Leaving Certificate Examination, 1914
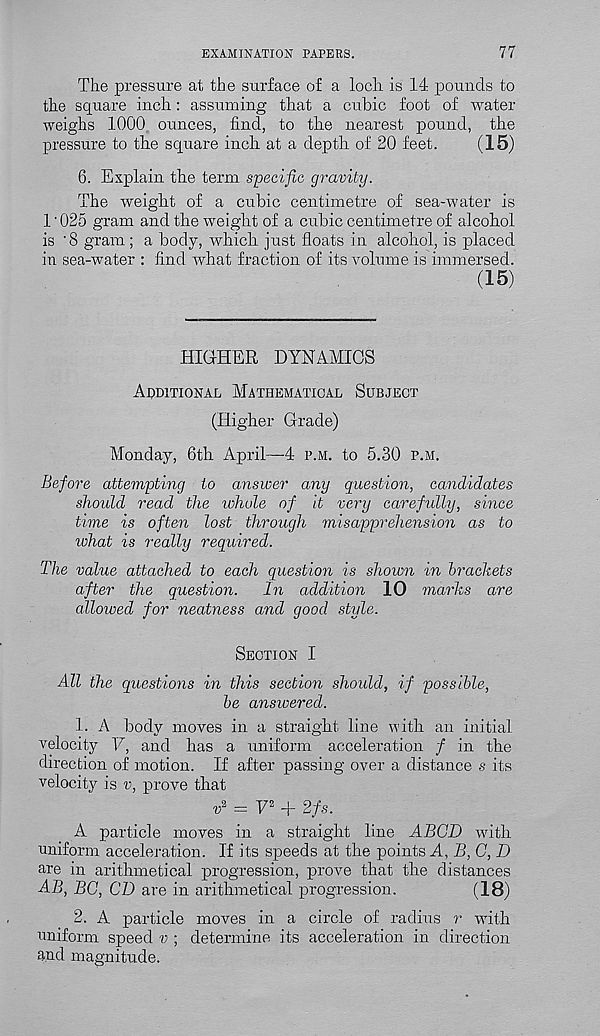
EXAMINATION PAPERS.
77
The pressure at the surface of a loch is 14 pounds to
the square inch: assuming that a cubic foot of water
weighs 1000 ounces, find, to the nearest pound, the
pressure to the square inch at a depth of 20 feet.
(15)
6. Explain the term specific gravity.
The weight of a cubic centimetre of sea-water is
1'025 gram and the weight of a cubic centimetre of alcohol
is '8 gram ; a body, which just floats in alcohol, is placed
in sea-water : find what fraction of its volume is immersed.
(15)
HIGHER DYNAMICS
Additional Mathematical Subject
(Higher Grade)
Monday, 6th April—4 p.m. to 5.30 p.m.
Before attempting to answer any question, candidates
should read the whole of it very carefully, since
time is often lost through misapprehension as to
lohat is really required.
The value attached to each question is shown in brackets
after the question.
In addition 10 marks are
allowed for neatness and good style.
Section I
All the questions in this section should, if possible,
be answered.
1. A body moves in a straight line with an initial
velocity V, and has a uniform acceleration / in the
direction of motion. If after passing over a distance s its
velocity is v, prove that
v z = V z + 2fs.
A particle moves in a straight line ABGD with
uniform acceleration. If its speeds at the points A, B,G, D
are in arithmetical progression, prove that the distances
AB, BG, CD are in arithmetical progression.
(18)
2. A particle moves in a circle of radius r with
uniform speed v ; determine its acceleration in direction
and magnitude.